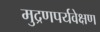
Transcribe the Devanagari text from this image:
मुद्रणपर्यवेक्षण